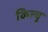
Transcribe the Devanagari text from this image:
किल्चू